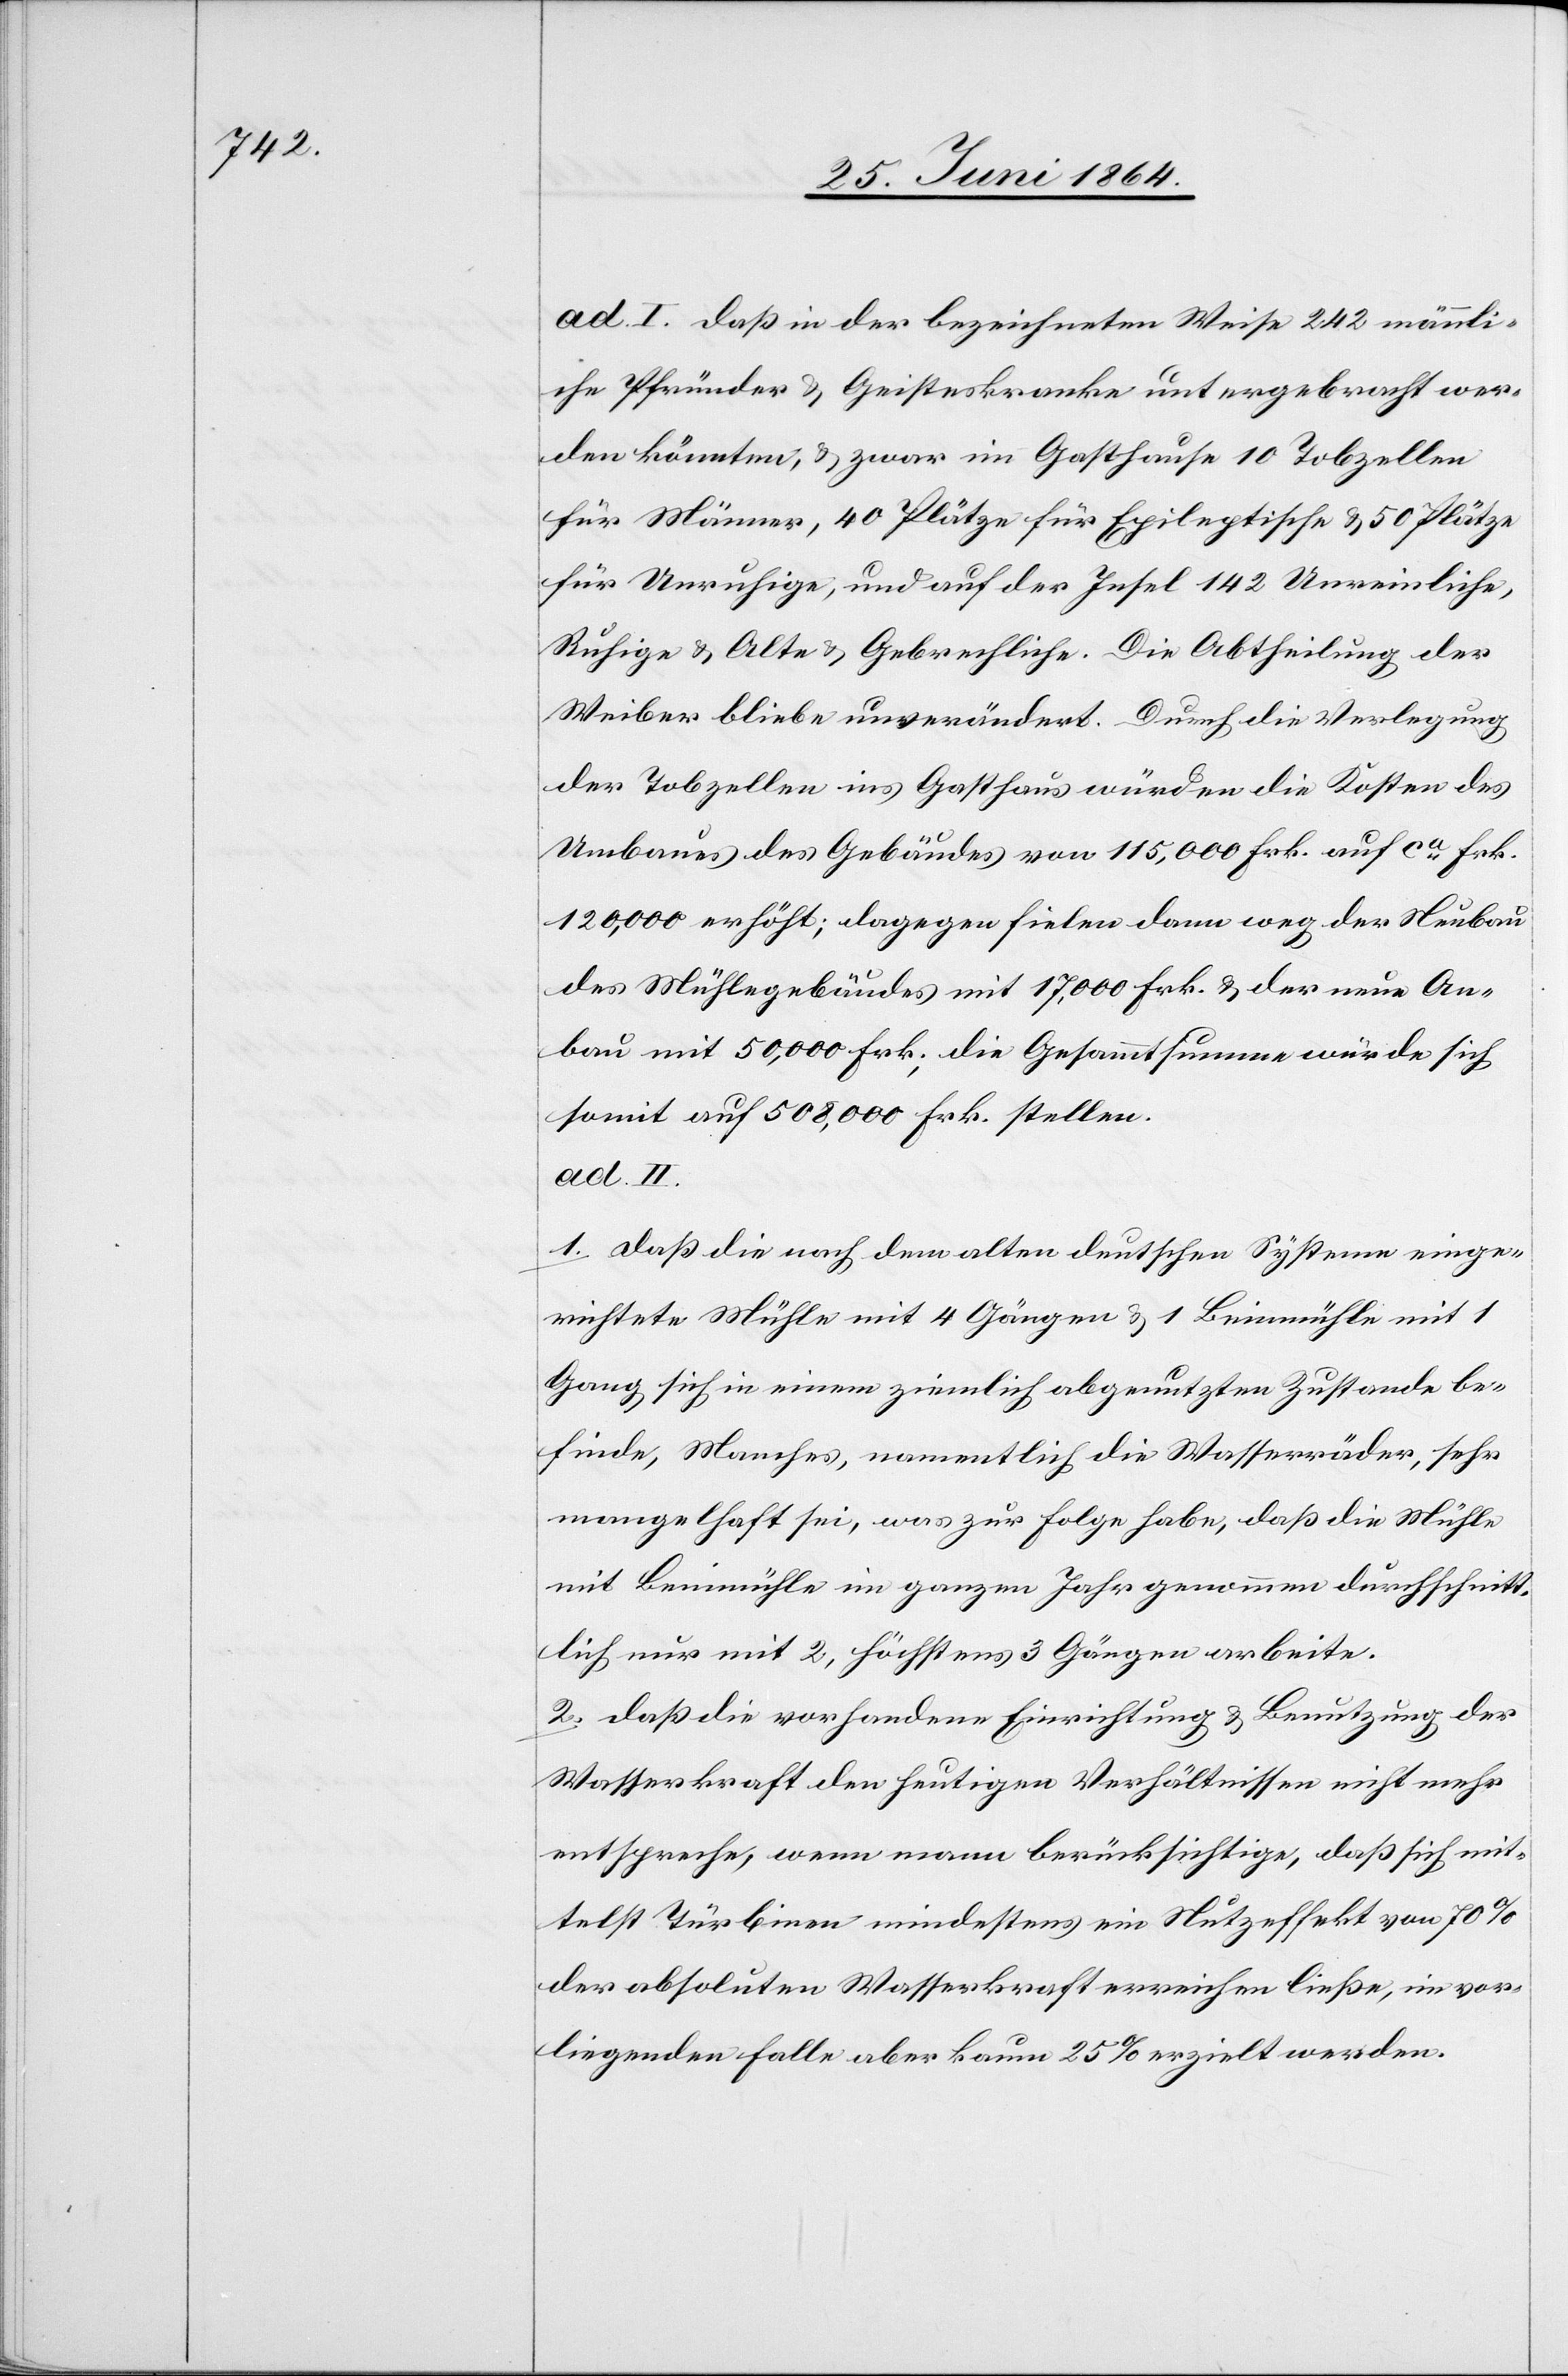
ad. I. daß in der bezeichneten Weise 242 männli¬
che Pfründer u. Geisteskranke untergebracht wer¬
den könnten, u. zwar im Gasthause 10 Tobzellen
für Männer, 40 Plätze für Epiletische u. 50 Plätze
für Unruhige, und auf der Insel 142 Unreinliche,
Ruhige u. Alte u. Gebrechliche. Die Abtheilung der
Weiber bliebe unverändert. Durch die Verlegung
der Tobzellen ins Gasthaus würden die Kosten des
Umbaues des Gebäudes von 115,000 Frk. auf ca Frk.
120,000 erhöht; dagegen fielen dann weg der Neubau
des Mühlegebäudes mit 17,000 Frk u. der neue An¬
bau mit 50,000 Frk., die Gesammtsumme würde sich
somit auf 508,000 Frk. stellen.
ad. II.
1. daß die nach dem alten deutschen Systeme einge¬
richtete Mühle mit 4 Gängen u. 1 Beinmühle mit 1
Gang sich in einem ziemlich abgenutzten Zustande be¬
finde, Manches, namentlich die Wasserräder, sehr
mangelhaft sei, was zur Folge habe, daß die Mühle
mit Beinmühle im ganzen Jahr genommen durchschnit¬
tlich nur mit 2, höchstens 3 Gängen arbeite.
2. daß die vorhandene Einrichtung u. Benutzung der
Wasserkraft den heutigen Verhältnissen nicht mehr
entspreche, wenn mann [sic!] berücksichtige, daß sich mit¬
telst Türbinen mindestens ein Nutzeffekt von 70%
der absoluten Wasserkraft erreichen ließe, im vor¬
liegenden Falle aber kaum 25% erzielt werden.